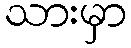
သားမှာ